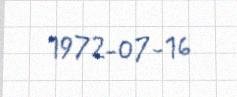
1972-07-16